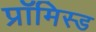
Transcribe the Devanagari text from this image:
प्रॉमिस्ड